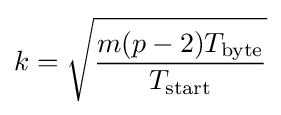
k={\sqrt {\frac {m(p-2)T_{\text{byte}}}{T_{\text{start}}}}}